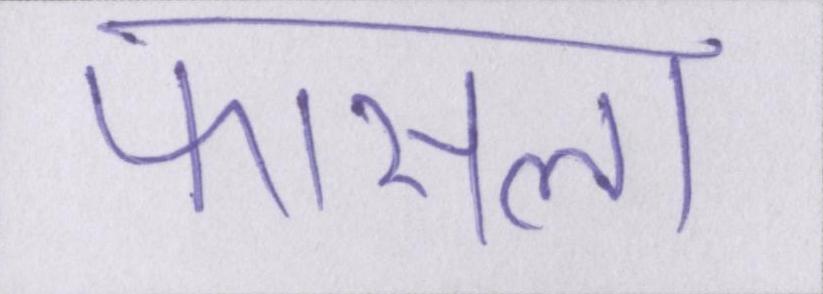
फासला